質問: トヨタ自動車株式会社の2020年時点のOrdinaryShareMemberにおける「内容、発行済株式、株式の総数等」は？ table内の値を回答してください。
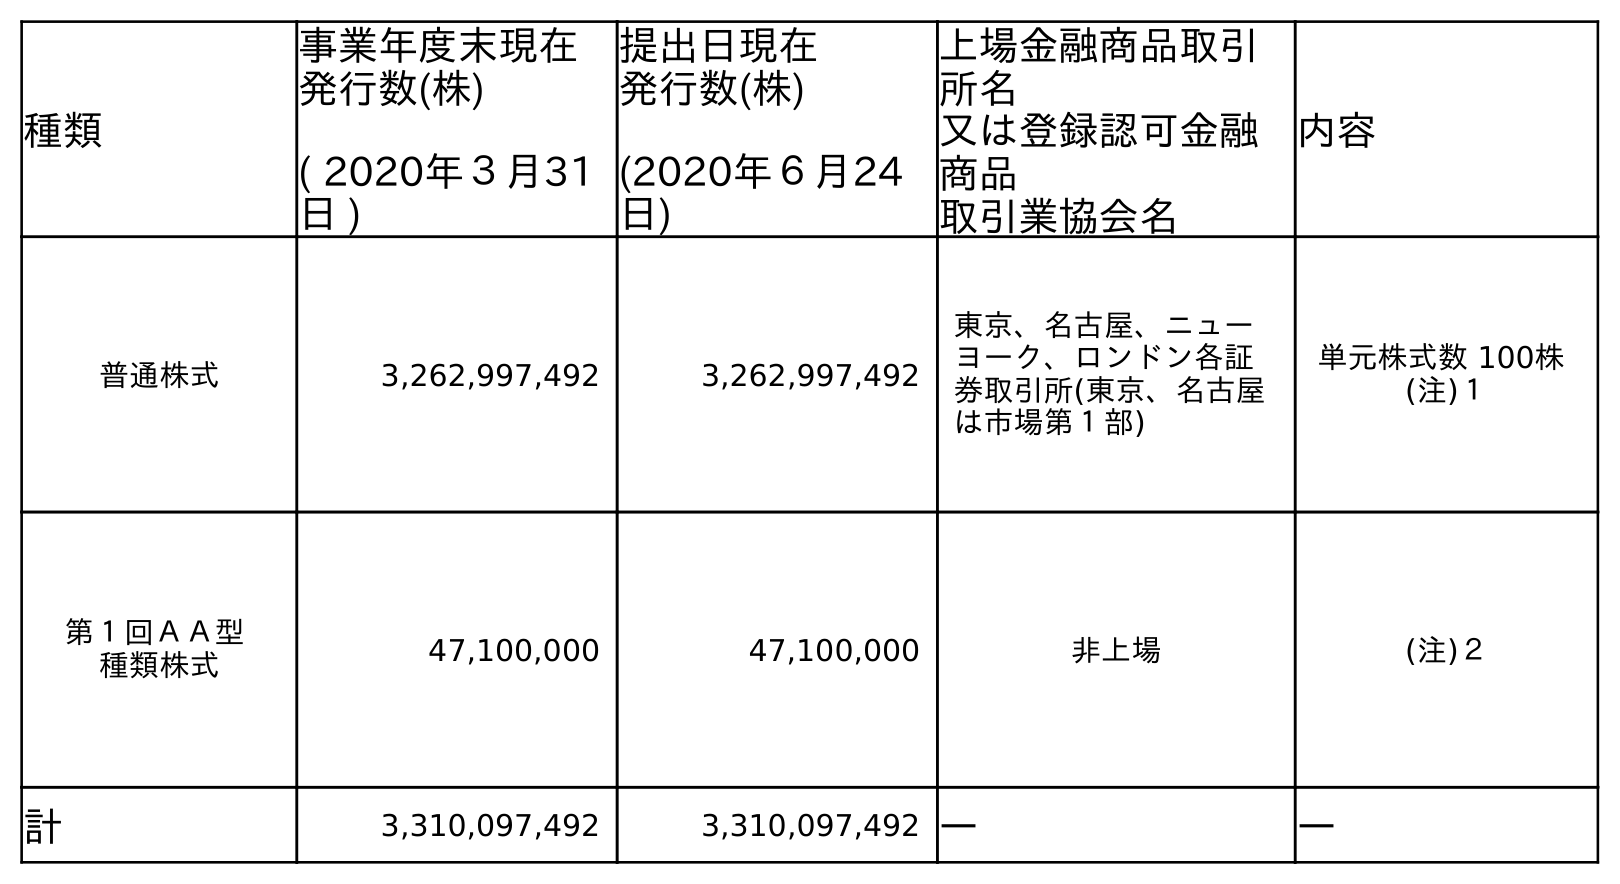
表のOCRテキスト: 種類 事業年度末現在 発行数(株) ( 2020年３月31 日 ) 提出日現在 発行数(株) (2020年６月24 日) 上場金融商品取引 所名 又は登録認可金融 商品 取引業協会名 内容 普通株式 3,262,997,492 3,262,997,492 東京、名古屋、ニュー ヨーク、ロンドン各証 券取引所(東京、名古屋 は市場第１部) 単元株式数 100株 (注)１ 第１回ＡＡ型 種類株式 47,100,000 47,100,000 非上場 (注)２ 計 3,310,097,492 3,310,097,492 ― ―
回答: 単元株式数 100株(注)１